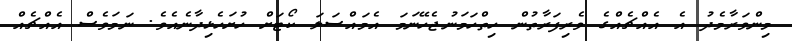
މިންވަރާމެދު އެ އެއްޗެއްގެ ވެރިފަރާތުން ހިތްހަމަނުޖެހޭނަމަ އެމައްސަލަ ކޯޓަށް ހުށަހެޅިދާނެއެވެ. ނަމަވެސް އެއްޗެއް